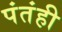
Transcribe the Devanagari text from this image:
पंतंही